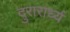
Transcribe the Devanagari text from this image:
दुरारार्ध्य